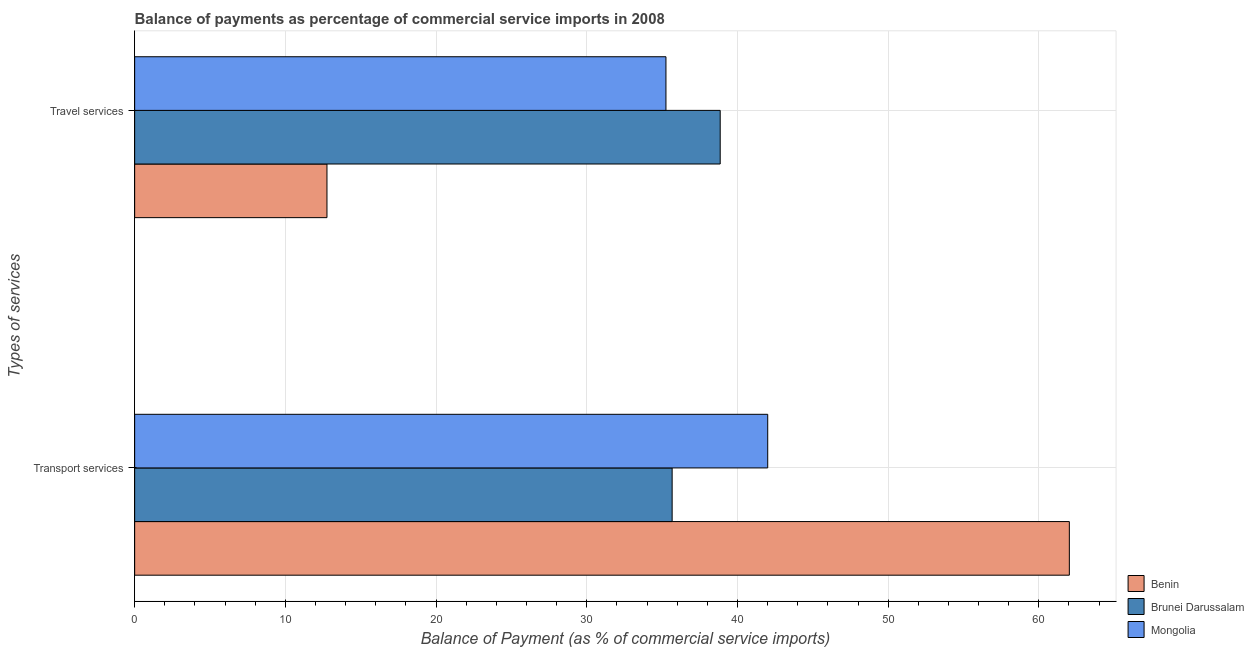
| Types of services | Benin | Brunei Darussalam | Mongolia |
 | --- | --- | --- | --- |
 | Transport services | 62 | 35.7 | 42 |
 | Travel services | 12.8 | 38.9 | 35.3 |